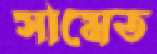
সামেত